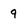
Character: 9